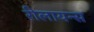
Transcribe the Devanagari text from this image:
रीलायन्स